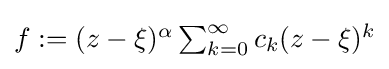
{\textstyle f:=(z-\xi )^{\alpha }\sum _{k=0}^{\infty }c_{k}(z-\xi )^{k}}